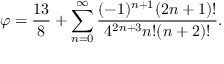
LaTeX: \varphi = { \frac { 1 3 } { 8 } } + \sum _ { n = 0 } ^ { \infty } { \frac { ( - 1 ) ^ { n + 1 } ( 2 n + 1 ) ! } { 4 ^ { 2 n + 3 } n ! ( n + 2 ) ! } } .